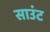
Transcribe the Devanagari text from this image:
साउंट